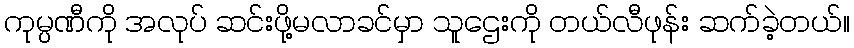
ကုမ္ပဏီကို အလုပ် ဆင်းဖို့မလာခင်မှာ သူဌေးကို တယ်လီဖုန်း ဆက်ခဲ့တယ်။